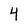
Character: 4